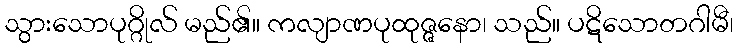
သွားသောပုဂ္ဂိုလ် မည်၏။ ကလျာဏပုထုဇ္ဇနော၊ သည်။ ပဋိသောတဂါမီ၊